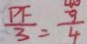
\frac { P F } { 3 } = \frac { 9 } { 4 }